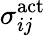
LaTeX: {\sigma}_{ij}^{\mathrm{act}}